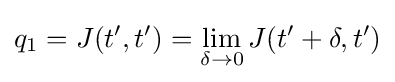
q_{1}=J(t',t')=\lim _{\delta \to 0}J(t'+\delta ,t')